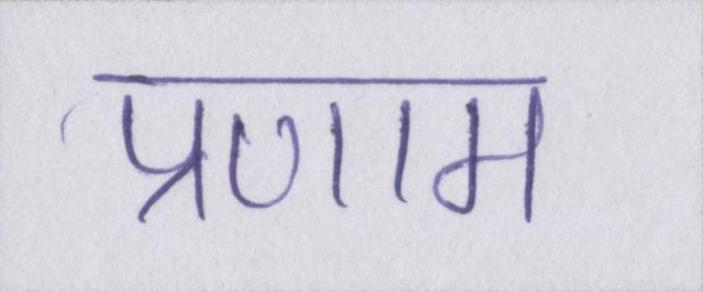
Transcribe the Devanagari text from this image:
प्रणाम